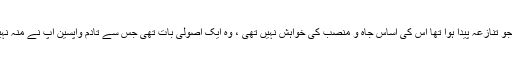
جس سے محسوس ہوتا ہے کہ دارالعلوم میں جو تنازعہ پیدا ہوا تھا اس کی اساس جاہ و منصب کی خواہش نہیں تھی ، وہ ایک اصولی بات تھی جس سے تادم واپسین آپ نے منہ نہیں موڑا ، یہ آپ کے اخلاص کی نشانی تھی ۔